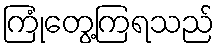
ကြုံတွေ့ကြရသည်